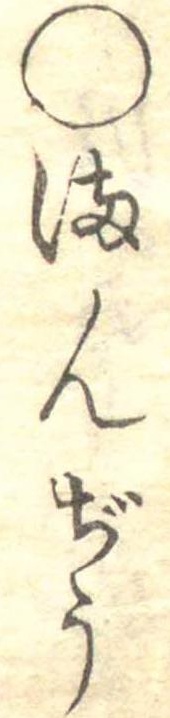
○まんぢう